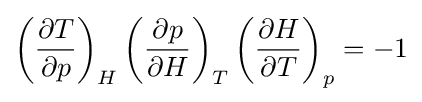
\left({\frac {\partial T}{\partial p}}\right)_{H}\left({\frac {\partial p}{\partial H}}\right)_{T}\left({\frac {\partial H}{\partial T}}\right)_{p}=-1